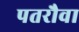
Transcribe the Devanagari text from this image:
पतरौवा